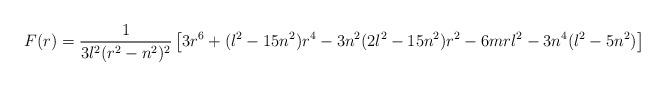
LaTeX: \begin{align*}F(r)={1 \over 3l^2(r^2-n^2)^2}\left[3r^6+(l^2-15n^2)r^4-3n^2(2l^2-15n^2)r^2-6mrl^2-3n^4(l^2-5n ^2)\right]\end{align*}